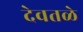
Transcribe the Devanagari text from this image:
देवतळे